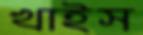
খাইস